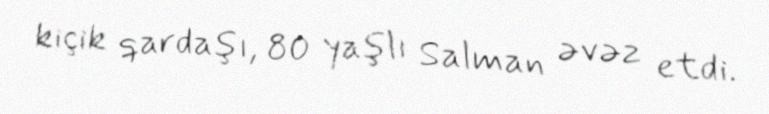
kiçik qardaşı, 80 yaşlı Salman əvəz etdi.